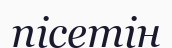
пісетін